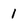
Character: 1